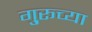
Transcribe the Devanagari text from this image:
गु्रूच्या